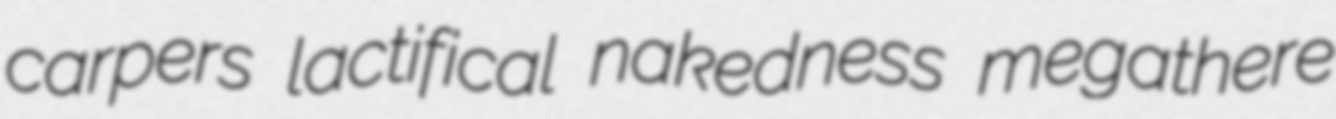
carpers lactifical nakedness megathere